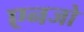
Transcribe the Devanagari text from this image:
एनजो